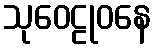
သုဝေဠုဝနေ